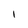
Character: I